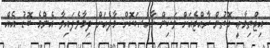
އިޖްތިމާޢީ ގޮތުން ރާއްޖެއަށް ވަކިން ޚާއްޞަކޮށް މާލެއަށް ދިމާވެފައިވާ އެންމެ ބޮޑު އެއް